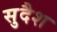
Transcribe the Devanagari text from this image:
सुदैश